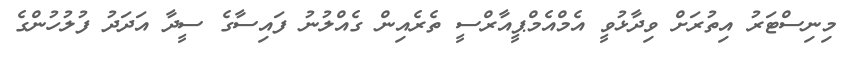
މިނިސްޓަރު އިތުރަށް ވިދާޅުވީ އެމްއެމްޕީއާރްސީ ތެރެއިން ގެއްލުނު ފައިސާގެ ސީދާ އަދަދު ފުލުހުންގެ